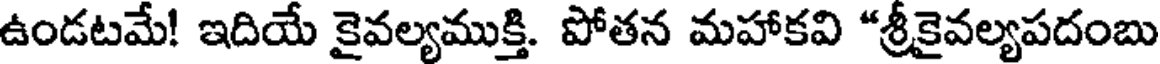
ఉండటమే! ఇదియే కైవల్యముక్తి. పోతన మహాకవి "శ్రీకైవల్యపదంబు